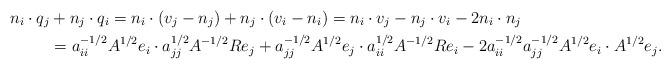
LaTeX: \begin{align*}n_i\cdot q_j &+ n_j\cdot q_i = n_i\cdot(v_j - n_j) + n_j\cdot (v_i - n_i) = n_i\cdot v_j - n_j \cdot v_i - 2n_i\cdot n_j \\ &= a_{ii}^{-1/2}A^{1/2}e_i\cdot a_{jj}^{1/2}A^{-1/2}Re_j + a_{jj}^{-1/2}A^{1/2}e_j\cdot a_{ii}^{1/2}A^{-1/2}Re_i - 2a_{ii}^{-1/2}a_{jj}^{-1/2}A^{1/2}e_i\cdot A^{1/2}e_j.\end{align*}